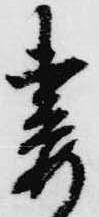
妻